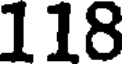
118